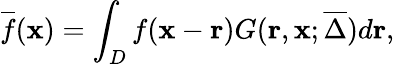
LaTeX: \overline{{f}}(\mathbf{x})=\int_{D}f(\mathbf{x}-\mathbf{r})G(\mathbf{r},\mathbf{x};\overline{{\Delta}})d\mathbf{r},